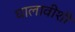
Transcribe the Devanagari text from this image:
घालावीशी